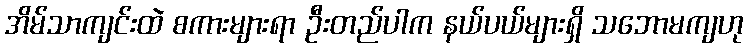
အိမ်သာကျင်းထဲ စကားများရာ ဦးတည်ပါက နယ်ပယ်များရှိ သဘောမကျဟု